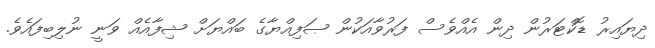
ދިޔައިރު ޑޮކްޓަރުން ދިން އެއްވެސް ފަރުވާއަކުން ޞަފިއްޔާގެ ބައްޔަށް ޝިފާއެއް ވަނީ ނުލިބިފައެވެ.